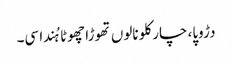
دڑوپا، چار کلو نالوں تھوڑا چھوٹا ہُندا سی۔